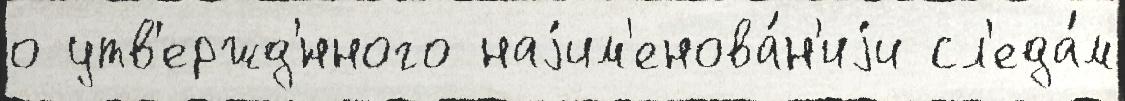
о утв'ержд'́нного наjим'енова́н'иjи сл'еда́м